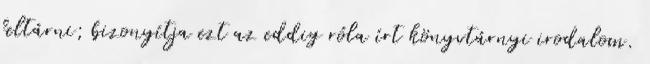
feltárni; bi­zonyítja ezt az eddig róla írt könyvtárnyi irodalom.